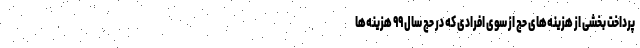
پرداخت بخشی از هزینه‌های حج از سوی افرادی که در حج سال ۹۹ هزینه‌ها